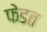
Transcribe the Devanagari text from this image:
फेडत